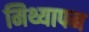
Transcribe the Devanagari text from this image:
मिथ्यापन